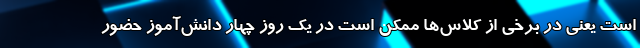
است یعنی در برخی از کلاس‌ها ممکن است در یک روز چهار دانش‌آموز حضور